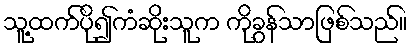
သူ့ထက်ပို၍ကံဆိုးသူက ကိုခွန်သာဖြစ်သည်။